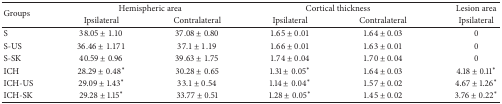
<table><thead><tr><td rowspan="2"><b>Groups</b></td><td colspan="2"><b>Hemispheric area</b></td><td colspan="2"><b>Cortical thickness</b></td><td><b>Lesion area</b></td></tr><tr><td><b>Ipsilateral</b></td><td><b>Contralateral</b></td><td><b>Ipsilateral</b></td><td><b>Contralateral</b></td><td><b>Ipsilateral</b></td></tr></thead><tbody><tr><td>S </td><td>38.05 ± 1.10</td><td>37.08 ± 0.80</td><td>1.65 ± 0.01</td><td>1.64 ± 0.03</td><td>0</td></tr><tr><td>S-US</td><td>36.46 ± 1.171</td><td>37.1 ± 1.19</td><td>1.66 ± 0.01</td><td>1.63 ± 0.01</td><td>0</td></tr><tr><td>S-SK</td><td>40.59 ± 0.96</td><td>39.63 ± 1.75</td><td>1.74 ± 0.04</td><td>1.70 ± 0.04</td><td>0</td></tr><tr><td>ICH</td><td>28.29 ± 0.48*</td><td>30.28 ± 0.65 </td><td>1.31 ± 0.05*</td><td>1.64 ± 0.03</td><td>4.18 ± 0.11*</td></tr><tr><td>ICH-US</td><td>29.09 ± 1.43*</td><td>33.1 ± 0.54</td><td>1.14 ± 0.04*</td><td>1.57 ± 0.02</td><td>4.67 ± 1.26*</td></tr><tr><td>ICH-SK</td><td>29.28 ± 1.15*</td><td>33.77 ± 0.51</td><td>1.28 ± 0.05*</td><td>1.45 ± 0.02</td><td>3.76 ± 0.22*</td></tr></tbody></table>